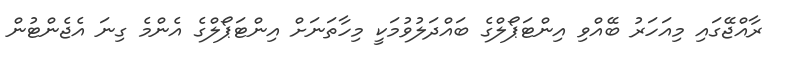
ރާއްޖޭގައި މިއަހަރު ބޭއްވި އިންޓަޕޯލްގެ ބައްދަލުވުމަކީ މިހާތަނަށް އިންޓަޕޯލްގެ އެންމެ ގިނަ އެޖެންޓުން